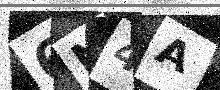
Text: 6N4A